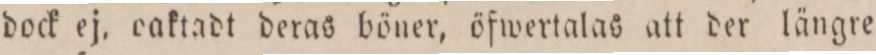
dock ej, caktadt deras böner, öfwertalas att der längre